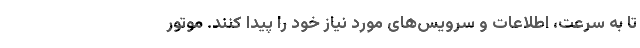
تا به سرعت، اطلاعات و سرویس‌های مورد نیاز خود را پیدا کنند. موتور